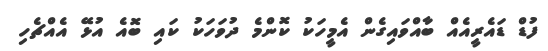
ފުޑް ޑައެރީއެއް ބާއްވައިގެން އެމީހަކު ކޮންމެ ދުވަހަކު ކައި ބޮއެ އުޅޭ އެއްޗެހި